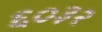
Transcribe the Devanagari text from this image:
६०३२